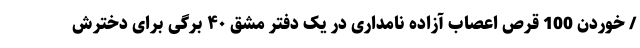
/ خوردن 100 قرص اعصاب آزاده نامداری در یک دفتر مشق ۴۰ برگی برای دخترش